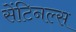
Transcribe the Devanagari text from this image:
सेंटिनल्स